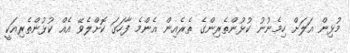
މުޅިން އަލަށް ހިމެނުނު ކުޅުންތެރިންގެ ތެރެއިން އެންމެ ފާހަގަ ކޮށްލެވޭ އެއް ކުޅުންތެރިއަކީ